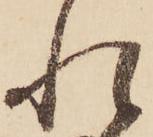
れ